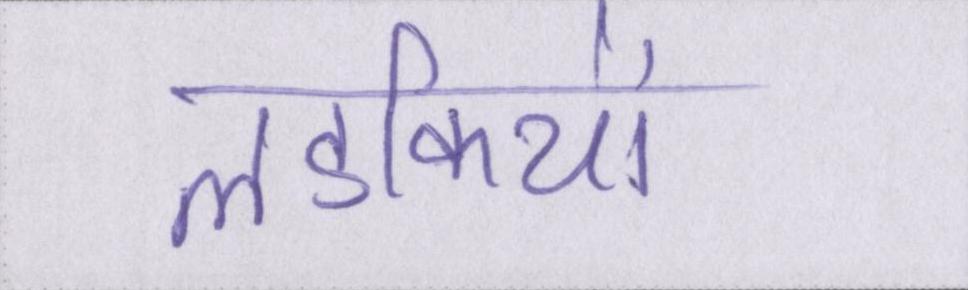
लडकियों